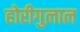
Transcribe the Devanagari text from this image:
होरीगुलाल